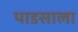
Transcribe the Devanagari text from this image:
पाडसाला